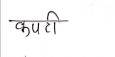
मजकूर: कपटी